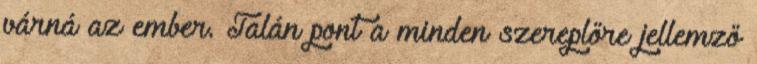
várná az ember. Talán pont a minden szereplőre jellemző